Annual statistical returns and brief notes on vaccination in Bengal - 1909-1929
Year: 1909
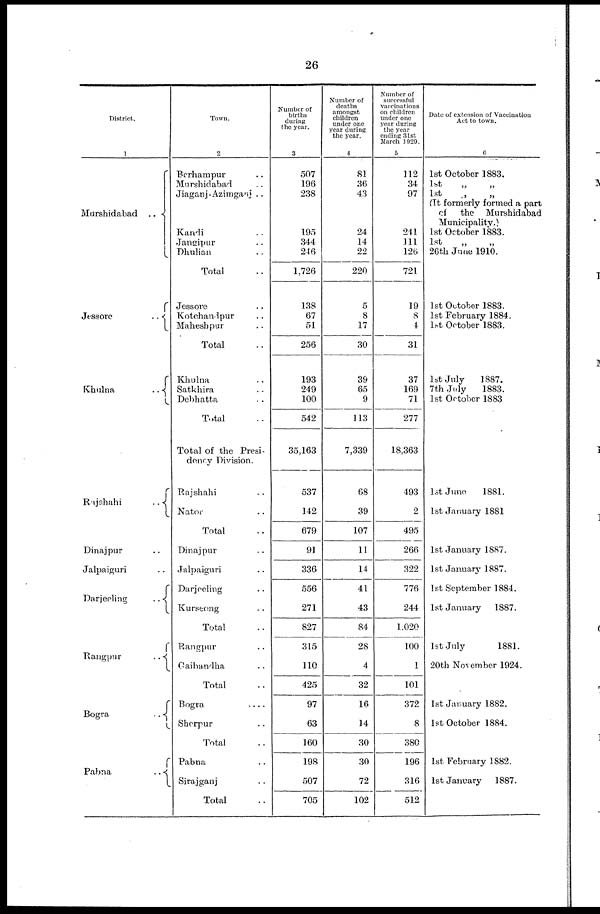
26
District.
1
Murshidabad
..
Jessore
..
Khulna
..
Rajshahi
..
Dinajpur ..
Jalpaiguri ..
Darjeeling
..
Rangpur
..
Bogra
..
Pabna
..
Town.
2
Berhampur ..
Murshidabad ..
Jiaganj-Azimganj ..
Kandi ..
Jangipur ..
Dhulian ..
Total ..
Jessore ..
Kotehandpur ..
Maheshpur ..
Total ..
Khulna ..
Satkhira ..
Debhatta ..
Total ..
Total of the Presi-
dency Division.
Rajshahi ..
Nator ..
Total ..
Dinajpur ..
Jalpaiguri ..
Darjeeling ..
Kurseong ..
Total ..
Rangpur ..
Gaibandha ..
Total ..
Bogra
..
..
Shorpur ..
Total ..
Pabna ..
Sirajganj ..
Total ..
Number of
births
during
the year.
3
507
196
238
195
344
246
1,726
138
67
51
256
193
249
100
542
35,163
537
142
679
91
336
556
271
827
315
110
425
97
63
160
198
507
705
Number of
deaths
amongst
children
under one
year during
the year.
4
81
36
43
24
14
22
220
5
8
17
30
39
65
9
113
7,339
68
39
107
11
14
41
43
84
28
4
32
16
14
30
30
72
102
Number of
successful
vaccinations
on children
under one
year during
the year
ending 31st
March 1929.
5
112
34
97
241
111
126
721
19
8
4
31
37
169
71
277
18,363
493
2
495
266
322
776
244
1,020
100
1
101
372
8
380
196
316
512
Date of extension of Vaccination
Act to town.
6
1st October 1883.
1st
„
„
1st
„ „ (It formerly formed a p
of the Murshidabad
Municipality.
1st October 1883.
1st
„ „
26th June 1910.
1st October 1883.
1st February 1884.
1st October 1883.
1st July
1887.
7th July
1883.
1st October 1883
1st June
1881.
1st January 1881
1st January 1887.
1st January 1887.
1st September 1884.
1st January 1887.
1st July
1881.
20th November 1924.
1st January 1882.
1st October 1884.
1st February 1882.
1st January 1887.